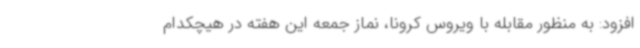
افزود: به منظور مقابله با ویروس کرونا، نماز جمعه این هفته در هیچکدام